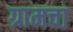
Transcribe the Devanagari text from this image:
ग्रामचा